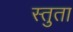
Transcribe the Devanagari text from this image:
स्तुता